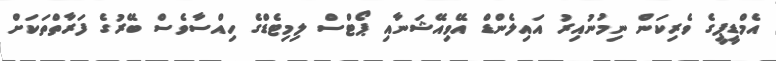
އެމްޑީޕީގެ ވެރިކަން ނިމުނުއިރު އައިލެންޑް އޭވިއޭޝަނާއި ޕޯޓްސް ލިމިޓެޑްގެ ހިއްސާވެސް ބޭރުގެ ފަރާތްތަކަށް